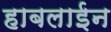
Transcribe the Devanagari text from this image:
हाबलाईन